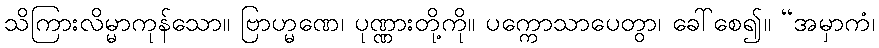
သိကြားလိမ္မာကုန်သော။ ဗြာဟ္မဏေ၊ ပုဏ္ဏားတို့ကို။ ပက္ကောသာပေတွာ၊ ခေါ်စေ၍။ “အမှာကံ၊